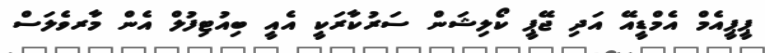
ޕީޕީއެމް އެމްޑީއޭ އަދި ޖޭޕީ ކޯލިޝަން ސަރުކާރަކީ އެއީ ބިއުޓިފުލް އެން މާރވެލަސް